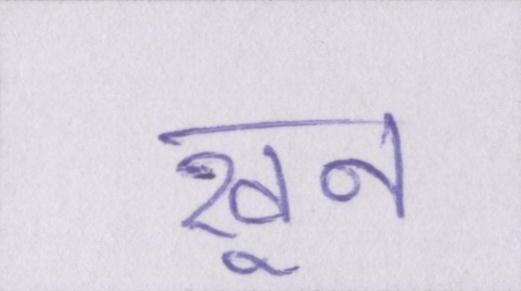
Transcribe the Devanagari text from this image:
खून